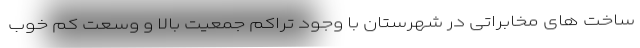
ساخت های مخابراتی در شهرستان با وجود تراکم جمعیت بالا و وسعت کم خوب